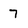
Character: 7